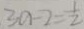
3 a - 2 = \frac { 1 } { 2 }